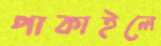
পাকাইলে